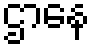
ဌာနေ